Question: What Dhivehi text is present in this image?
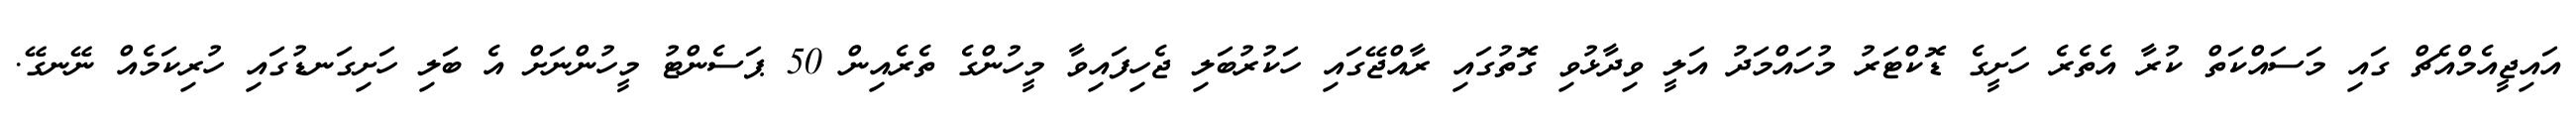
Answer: އައިޖީއެމްއެޗް ގައި މަސައްކަތް ކުރާ އެތެރެ ހަށީގެ ޑޮކްޓަރު މުހައްމަދު އަލީ ވިދާޅުވި ގޮތުގައި ރާއްޖޭގައި ހަކުރުބަލި ޖެހިފައިވާ މީހުންގެ ތެރެއިން 50 ޕަސެންޓު މީހުންނަށް އެ ބަލި ހަށިގަނޑުގައި ހުރިކަމެއް ނޭނގޭ.